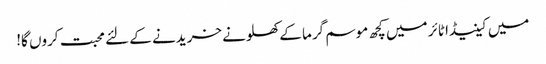
میں کینیڈا ٹائر میں کچھ موسم گرما کے کھلونے خریدنے کے لئے محبت کروں گا!